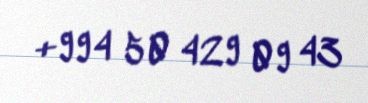
+994 50 429 09 43